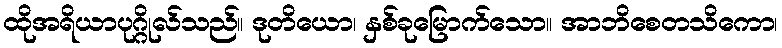
ထိုအရိယာပုဂ္ဂိုလ်သည်။ ဒုတိယော၊ နှစ်ခုမြောက်သော။ အာဘိစေတသိကော၊